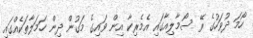
ހޯމަ ދުވަހުގެ ރޭ ސޯމާލިއާގައި އެމެރިކާ އިން ވައިގެ މަގުން ދިން ހަމަލާތަކެއްގައި